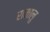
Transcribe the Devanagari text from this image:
रामालु